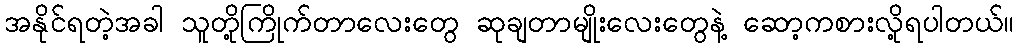
အနိုင်ရတဲ့အခါ သူတို့ကြိုက်တာလေးတွေ ဆုချတာမျိုးလေးတွေနဲ့ ဆော့ကစားလို့ရပါတယ်။